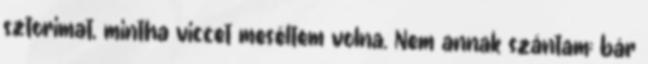
sztorimat, mintha viccet meséltem volna. Nem annak szántam; bár